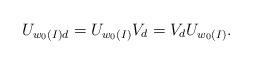
LaTeX: \begin{align*}U_{w_0(I)d} = U_{w_0(I)} V_d = V_d U_{w_0(I)}.\end{align*}